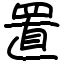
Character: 置